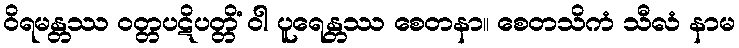
ဝိရမန္တဿ ဝတ္တပဋိပတ္တိံ ဝါ ပူရေန္တဿ စေတနာ။ စေတသိကံ သီလံ နာမ